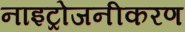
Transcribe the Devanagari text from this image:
नाइट्रोजनीकरण